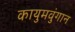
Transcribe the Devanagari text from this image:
कायुमवुंगान